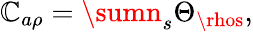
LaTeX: \mathbb{C}_{a\rho}=\sumn_{s}\Theta_{\rhos},